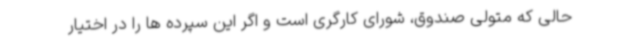
حالی که متولی صندوق، شورای کارگری است و اگر این سپرده ها را در اختیار